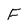
Character: F